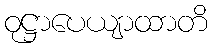
ဝုဋ္ဌာပေယျာထာတိ